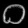
Digit: ၀